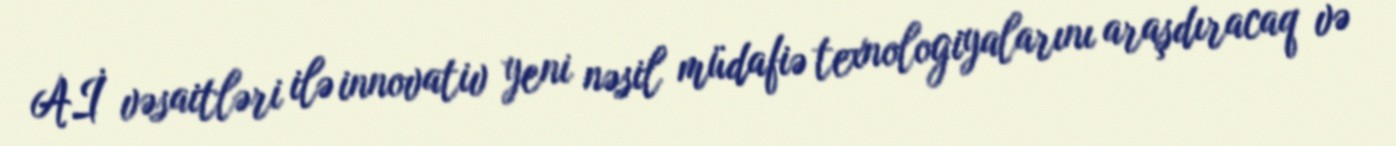
Aİ vəsaitləri ilə innovativ yeni nəsil müdafiə texnologiyalarını araşdıracaq və